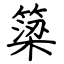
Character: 簗